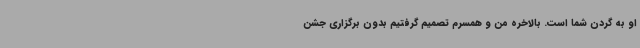
او به گردن شما است. بالاخره من و همسرم تصمیم گرفتیم بدون برگزاری جشن